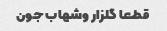
قطعا گلزار وشهاب جون